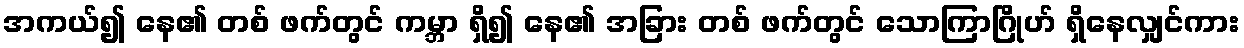
အကယ်၍ နေ၏ တစ် ဖက်တွင် ကမ္ဘာ ရှိ၍ နေ၏ အခြား တစ် ဖက်တွင် သောကြာဂြိုဟ် ရှိနေလျှင်ကား